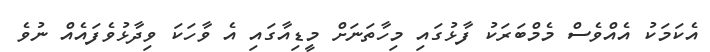
އެކަމަކު އެއްވެސް މެމްބަރަކު ފާޅުގައި މިހާތަނަށް މީޑިއާގައި އެ ވާހަކަ ވިދާޅުވެފައެއް ނުވެ